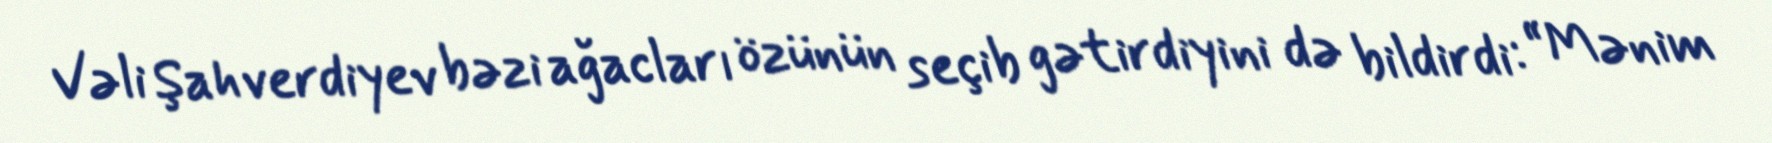
Vəli Şahverdiyev bəzi ağacları özünün seçib gətirdiyini də bildirdi: “Mənim